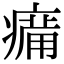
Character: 𤸶